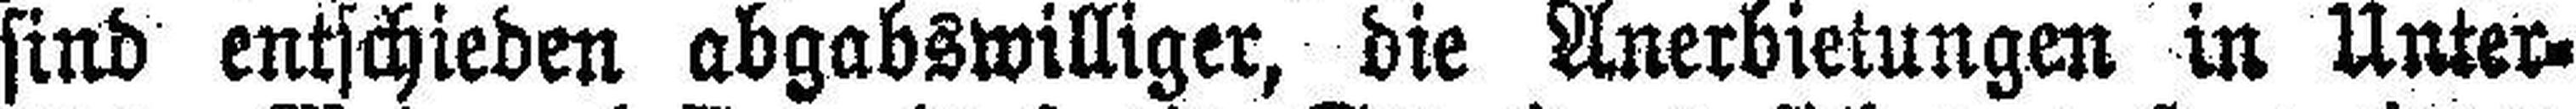
sind entschieden abgabswilliger, die Anerbietungen in Unter¬